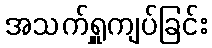
အသက်ရှူကျပ်ခြင်း